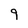
Character: 9